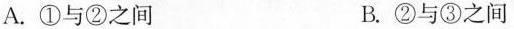
A.①与②之间 B.②与③之间